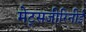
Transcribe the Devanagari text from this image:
मेट्सजीरिनीई